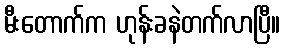
မီးတောက်က ဟုန်းခနဲတက်လာပြီ။